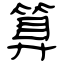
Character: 算